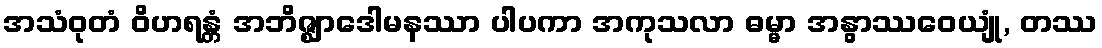
အသံဝုတံ ဝိဟရန္တံ အဘိဇ္ဈာဒေါမနဿာ ပါပကာ အကုသလာ ဓမ္မာ အနွာဿဝေယျုံ, တဿ